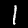
Digit: 1